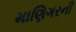
માણિગરની